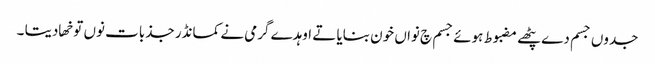
جدوں جسم دے پٹھے مضبوط ہوئے جسم چ نواں خون بنایا تے اوہدے گرمی نے کمانڈر جذبات نوں توخھا دیتا ۔